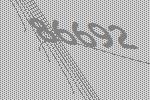
86692